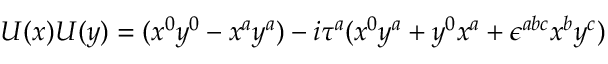
U ( x ) U ( y ) = ( x ^ { 0 } y ^ { 0 } - x ^ { a } y ^ { a } ) - i \tau ^ { a } ( x ^ { 0 } y ^ { a } + y ^ { 0 } x ^ { a } + \epsilon ^ { a b c } x ^ { b } y ^ { c } )